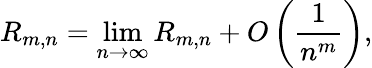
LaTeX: R_{m,n}=\operatorname*{lim}_{n\to\infty}R_{m,n}+O\left({\frac{1}{n^{m}}}\right),